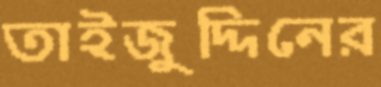
তাইজুদ্দিনের